Annual administration and progress report of the Indian Medical Department, Bombay
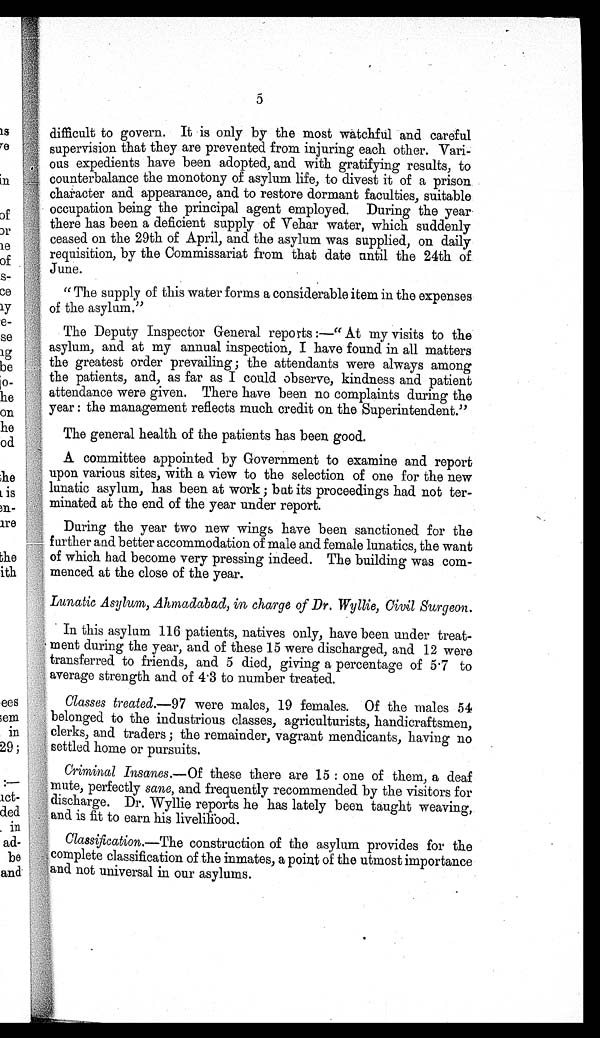
5
difficult to govern. It is only by the most watchful and careful
supervision that they are prevented from injuring each other. Vari-
ous expedients have been adopted, and with gratifying results, to
counterbalance the monotony of asylum life, to divest it of a prison
character and appearance, and to restore dormant faculties, suitable
occupation being the principal agent employed. During the year
there has been a deficient supply of Vehar water, which suddenly
ceased on the 29th of April, and the asylum was supplied, on daily
requisition, by the Commissariat from that date until the 24th of
June.
" The supply of this water forms a considerable item in the expenses
of the asylum."
The Deputy Inspector General reports :—" At my visits to the
asylum, and at my annual inspection, I have found in all matters
the greatest order prevailing ; the attendants were always among
the patients, and, as far as I could observe, kindness and patient
attendance were given. There have been no complaints during the
year : the management reflects much credit on the Superintendent."
The general health of the patients has been good.
A committee appointed by Government to examine and report
upon various sites, with a view to the selection of one for the new
lunatic asylum, has been at work ; but its proceedings had not ter-
minated at the end of the year under report.
During the year two new wings have been sanctioned for the
further and better accommodation of male and female lunatics, the want
of which had become very pressing indeed. The building was com-
menced at the close of the year.
Lunatic Asylum, Ahmadabad, in charge of Dr. Wyllie, Civil Surgeon.
In this asylum 116 patients, natives only, have been under treat-
ment during the year, and of these 15 were discharged, and 12 were
transferred to friends, and 5 died, giving a percentage of 5.7 to
average strength and of 4.3 to number treated.
Classes treated.— 97 were males, 19 females. Of the males 54
belonged to the industrious classes, agriculturists, handicraftsmen,
clerks, and traders ; the remainder, vagrant mendicants, having no
settled home or pursuits.
Criminal Insanes. —Of these there are 15 : one of them, a deaf
mute, perfectly sane, and frequently recommended by the visitors for
discharge. Dr. Wyllie reports he has lately been taught weaving,
and is fit to earn his livelihood.
Classification. —The construction of the asylum provides for the
complete classification of the inmates, a point of the utmost importance
and not universal in our asylums.